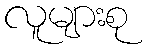
လူများစု